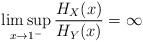
LaTeX: \begin{align*}\limsup_{x\rightarrow 1^{-}}\frac{H_X(x)}{H_Y(x)}=\infty\end{align*}